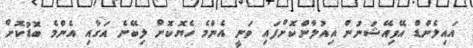
އައިލެންޑް އޭވިއޭޝަނުން އިއުލާންކޮށްފައި ވަނީ އެންމެ ހެޔޮކޮށް ލިބޭނެ އަގާއި އެންމެ ބޮޑުކޮށް